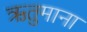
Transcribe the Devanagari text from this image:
ऋतुमाना